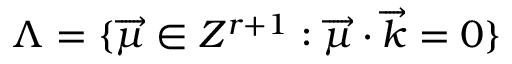
\Lambda = \{ \overrightarrow { \mu } \in Z ^ { r + 1 } : \overrightarrow { \mu } \cdot \overrightarrow { k } = 0 \}